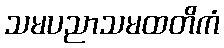
သမပညာသမထတိကံ